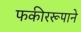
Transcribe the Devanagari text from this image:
फकीररूपाने